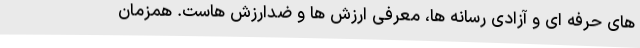
های حرفه ای و آزادی رسانه ها، معرفی ارزش ها و ضدارزش هاست. همزمان